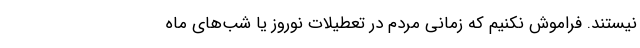
نیستند. فراموش نکنیم که زمانی مردم در تعطیلات نوروز یا شب‌های ماه